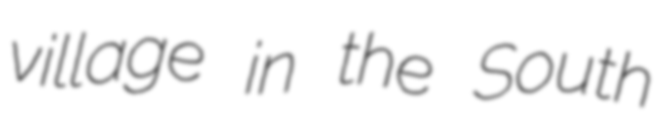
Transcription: village in the South